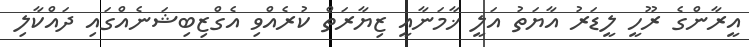
އީރާންގެ ރޫހީ ލީޑަރު އާޔަތު އަލީ ޚާމަނާއީ ޒިޔާރަތް ކުރެއްވި އެގްޒިބިޝަނެއްގައި ދައްކާލި